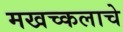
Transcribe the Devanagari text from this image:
मखच्कलाचे